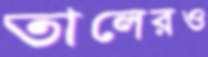
তালেরও